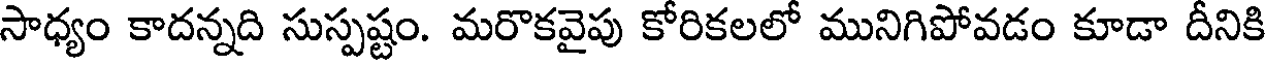
సాధ్యం కాదన్నది సుస్పష్టం. మరొకవైపు కోరికలలో మునిగిపోవడం కూడా దీనికి